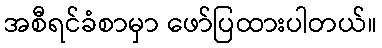
အစီရင်ခံစာမှာ ဖော်ပြထားပါတယ်။